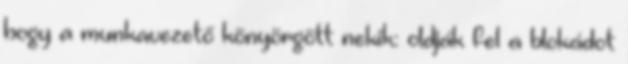
hogy a munkavezető könyörgött nekik: oldják fel a blokádot